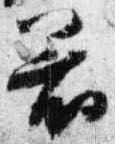
着